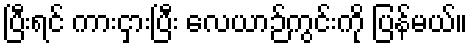
ပြီးရင် ကားငှားပြီး လေယာဉ်ကွင်းကို ပြန်မယ်။